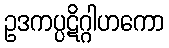
ဥဒကပ္ပဋိဂ္ဂါဟကော